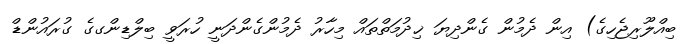
ބިއްލޫރިޖެހިގެ) އިން ދެމުން ގެންދިޔަ ޚިދުމަތްތައް މިހާރު ދެމުންގެންދަނީ ހުރަވީ ބިލްޑިންގގެ ގުރައުންޑް